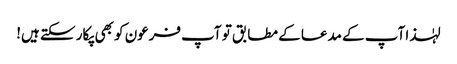
لہٰذا آپ کے مدعا کے مطابق تو آپ فرعون کو بھی پکار سکتے ہیں!